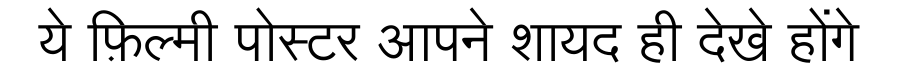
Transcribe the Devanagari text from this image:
ये फ़िल्मी पोस्टर आपने शायद ही देखे होंगे